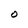
Character: 0